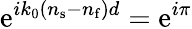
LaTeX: \mathrm{e}^{ik_{0}(n_{\mathrm{s}}-n_{\mathrm{f}})d}=\mathrm{e}^{i\pi}